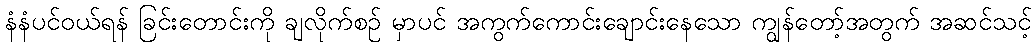
နံနံပင်ဝယ်ရန် ခြင်းတောင်းကို ချလိုက်စဉ် မှာပင် အကွက်ကောင်းချောင်းနေသော ကျွန်တော့်အတွက် အဆင်သင့်